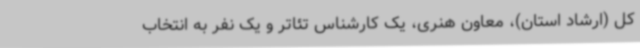
کل (ارشاد استان)، معاون هنری، یک کارشناس تئاتر و یک نفر به انتخاب